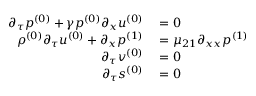
\begin{array} { r l } { \partial _ { \tau } \ensuremath { p ^ { ( 0 ) } } + \gamma \ensuremath { p ^ { ( 0 ) } } \partial _ { x } \ensuremath { u ^ { ( 0 ) } } } & { { } = 0 } \\ { \ensuremath { \rho ^ { ( 0 ) } } \partial _ { \tau } \ensuremath { u ^ { ( 0 ) } } + \partial _ { x } \ensuremath { p ^ { ( 1 ) } } } & { { } = \mu _ { 2 1 } \partial _ { x x } \ensuremath { p ^ { ( 1 ) } } } \\ { \partial _ { \tau } \ensuremath { v ^ { ( 0 ) } } } & { { } = 0 } \\ { \partial _ { \tau } \ensuremath { s ^ { ( 0 ) } } } & { { } = 0 } \end{array}